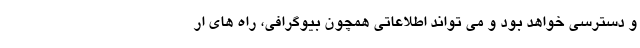
و دسترسی خواهد بود و می تواند اطلاعاتی همچون بیوگرافی، راه های ار